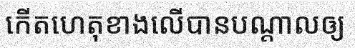
កើតហេតុខាងលើបានបណ្តាលឲ្យ